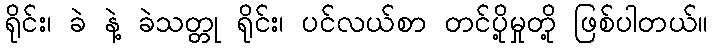
ရိုင်း၊ ခဲ နဲ့ ခဲသတ္တု ရိုင်း၊ ပင်လယ်စာ တင်ပို့မှုတို့ ဖြစ်ပါတယ်။